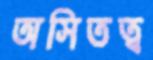
অসিতত্ব